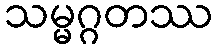
သမ္မဂ္ဂတဿ